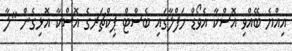
އިއްޔެ ބޭއްވި އޮސްކާ އެވޯޑް ހަފްލާގައި ބެސްޓް ޕިކްޗަރގެ އޮސްކާ އޮޅިގެން "ލާ